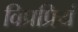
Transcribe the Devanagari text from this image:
विप्रप्रियं